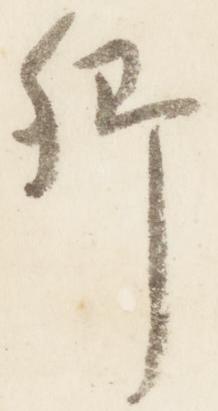
卿